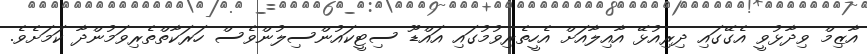
އާޒިމް ވިދާޅުވީ އެގޭގައި ދިރިއުޅޭ އާއިލާއަށް އެހީތެރިވުމުގައި އައްޑޫ ސިޓީކައުންސިލުންވެސް ހަރަކާތްތެރިވަމުންދާ ކަމަށެވެ.